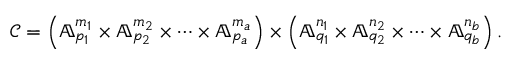
\mathcal { C } = \left( \mathbb { A } _ { p _ { 1 } } ^ { m _ { 1 } } \times \mathbb { A } _ { p _ { 2 } } ^ { m _ { 2 } } \times \dots \times \mathbb { A } _ { p _ { a } } ^ { m _ { a } } \right) \times \left( \mathbb { A } _ { q _ { 1 } } ^ { n _ { 1 } } \times \mathbb { A } _ { q _ { 2 } } ^ { n _ { 2 } } \times \dots \times \mathbb { A } _ { q _ { b } } ^ { n _ { b } } \right) .